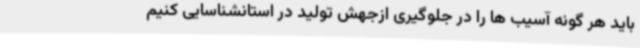
باید هر گونه آسیب ها را در جلوگیری ازجهش تولید در استانشناسایی کنیم